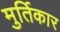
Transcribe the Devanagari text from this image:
मुर्तिकार